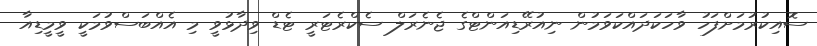
ސޮއިކުރުމަށްފަހު ވާހަކަދައްކަވަމުން ނިއުރޭޑިއަންޓްގެ ޖެނެރަލް ސެކްރެޓަރީ ޓެޑް ވިދާޅުވީ މި އެއްބަސްވުމަކީ ވީމީޑިއާ